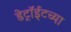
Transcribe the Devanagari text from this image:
डेट्रॉईटच्या